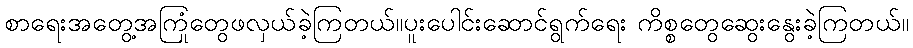
စာရေးအတွေ့အကြုံတွေဖလှယ်ခဲ့ကြတယ်။ပူးပေါင်းဆောင်ရွက်ရေး ကိစ္စတွေဆွေးနွေးခဲ့ကြတယ်။